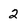
Character: 2